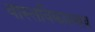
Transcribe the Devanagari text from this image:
वास्तविकप्रभाव